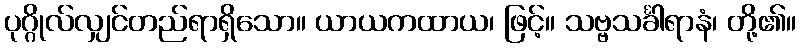
ပုဂ္ဂိုလ်လျှင်တည်ရာရှိသော။ ယာယကထာယ၊ ဖြင့်။ သဗ္ဗသင်္ခါရာနံ၊ တို့၏။